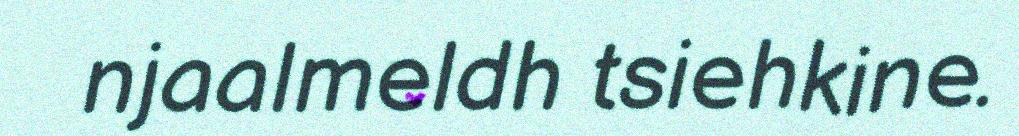
njaalmeldh tsiehkine.